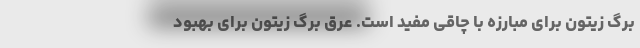
برگ زیتون برای مبارزه با چاقی مفید است. عرق برگ زیتون برای بهبود